Lunatic asylums in Bengal annual reports 1888-1898 - 1888-1898
Year: 1888
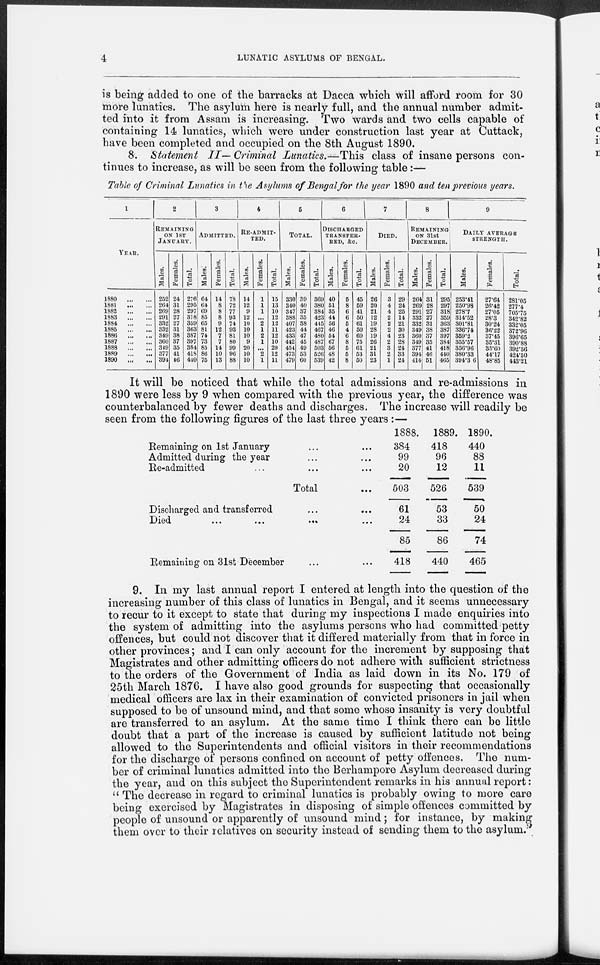
4
LUNATIC ASYLUMS OF BENGAL.
is being added to one of the barracks at Dacca which will afford room for 30
more lunatics. The asylum here is nearly full, and the annual number admit-
ted into it from Assam is increasing. Two wards and two cells capable of
containing 14 lunatics, which were under construction last year at Cuttack,
have been completed and occupied on the 8th August 1890.
8. Statement II— Criminal Lunatics.—This class of insane persons con-
tinues to increase, as will be seen from the following table:—
Table of Criminal Lunatics in the Asylums of Bengal for the year 1890 and ten previous years.
1
YEAR.
1880
...
...
1881
...
...
1882
...
...
1883
...
...
1884
...
...
1885 ... ...
1886
...
...
1887
...
...
1888
...
...
1889
...
...
1890
...
...
2
REMAINING
ON 1ST
JANUARY.
Males.
252
264
269
291
332
332
349
360
349
377
394
Females.
24
31
28
27
27
31
38
37
35
41
46
Total.
276
295
297
318
359
363
387
397
384
418
440
3
ADMITTED.
Males.
64
64
69
85
65
81
74
73
85
86
75
Females.
14
8
8
8
9
12
7
7
14
10
13
Total.
78
72
77
93
74
93
81
80
99
96
88
4
RE-ADMIT-
---.
Males.
14
12
9
12
10
10
10
9
20
10
10
Females.
1
1
1
...
2
1
2
1
...
2
1
Total.
15
13
10
12
12
11
12
10
20
12
11
5
TOTAL.
Males.
330
340
347
388
407
423
433
442
454
473
479
Females.
39
40
37
35
38
44
47
45
49
53
60
Total.
369
380
384
423
445
467
480
487
503
526
539
6
DISCHARGED
TRANSFER¬
RED, &c.
Males.
40
51
35
44
56
46
54
67
56
48
42
Females.
5
8
6
6
5
4
6
8
5
5
8
Total.
45
59
41
50
61
50
60
75
61
53
50
7
DIED.
Males.
26
20
21
12
19
28
19
26
21
31
23
Females.
3
4
4
2
2
2
4
2
3
2
1
Total.
29
24
25
14
21
30
23
28
24
33
24
8
REMAINING
ON 31st
DECEMBER.
Males.
264
269
291
332
332
349
360
349
377
394
414
Females.
31
28
27
27
31
38
37
35
41
46
51
Total.
295
297
318
359
363
387
397
384
418
440
465
9
DAILY AVERAGE
STRENGTH.
Males.
253.41
250.98
278.7
314.52
801.81
336.74
359.2
355.57
356.96
380.33
394.36
Females.
27.64
26.42
27.05
28.3
30.24
36.22
37.45
35.31
35.60
44.17
48.85
Total.
281.05
277.4
705.75
342.82
332.05
372.96
396.65
390.88
392.56
424.50
443.21
It will be noticed that while the total admissions and re-admissions in
1890 were less by 9 when compared with the previous year, the difference was
counterbalanced by fewer deaths and discharges. The increase will readily be
seen from the following figures of the last three years :—
Remaining on 1st January ... ...
Admitted during the year ... ...
Re-admitted ... ... ...
Total ...
Discharged and transferred ... ...
Died
...
...
...
...
Remaining on 31st December ... ...
1888.
384
99
20
503
61
24
85
418
1889.
418
96
12
526
53
33
86
440
1890.
440
88
11
539
50
24
74
465
9. In my last annual report I entered at length into the question of the
increasing number of this class of lunatics in Bengal, and it seems unnecessary
to recur to it except to state that during my inspections I made enquiries into
the system of admitting into the asylums persons who had committed petty
offences, but could not discover that it differed materially from that in force in
other provinces; and I can only account for the increment by supposing that
Magistrates and other admitting officers do not adhere with sufficient strictness
to the orders of the Government of India as laid down in its No. 179 of
25th March 1876. I have also good grounds for suspecting that occasionally
medical officers are lax in their examination of convicted prisoners in jail when
supposed to be of unsound mind, and that some whose insanity is very doubtful
are transferred to an asylum. At the same time I think there can be little
doubt that a part of the increase is caused by sufficient latitude not being
allowed to the Superintendents and official visitors in their recommendations
for the discharge of persons confined on account of petty offences. The num-
ber of criminal lunatics admitted into the Berhampore Asylum decreased during
the year, and on this subject the Superintendent remarks in his annual report:
" The decrease in regard to criminal lunatics is probably owing to more care
being exercised by Magistrates in disposing of simple offences committed by
people of unsound or apparently of unsound mind; for instance, by making
them over to their relatives on security instead of sending them to the asylum."